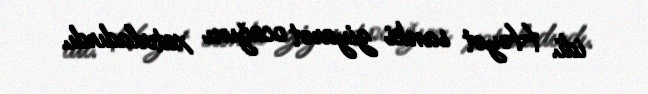
idi. Həyət sanki ziyarət ocağını xatırladırdı.